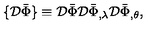
\{ { \cal D } \bar { \Phi } \} \equiv { \cal D } \bar { \Phi } { \cal D } \bar { \Phi } _ { , \lambda } { \cal D } \bar { \Phi } _ { , \theta } ,